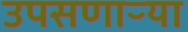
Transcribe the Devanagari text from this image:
उपसणाऱ्या